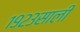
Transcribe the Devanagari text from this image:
१९२३साली